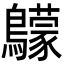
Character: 䴌